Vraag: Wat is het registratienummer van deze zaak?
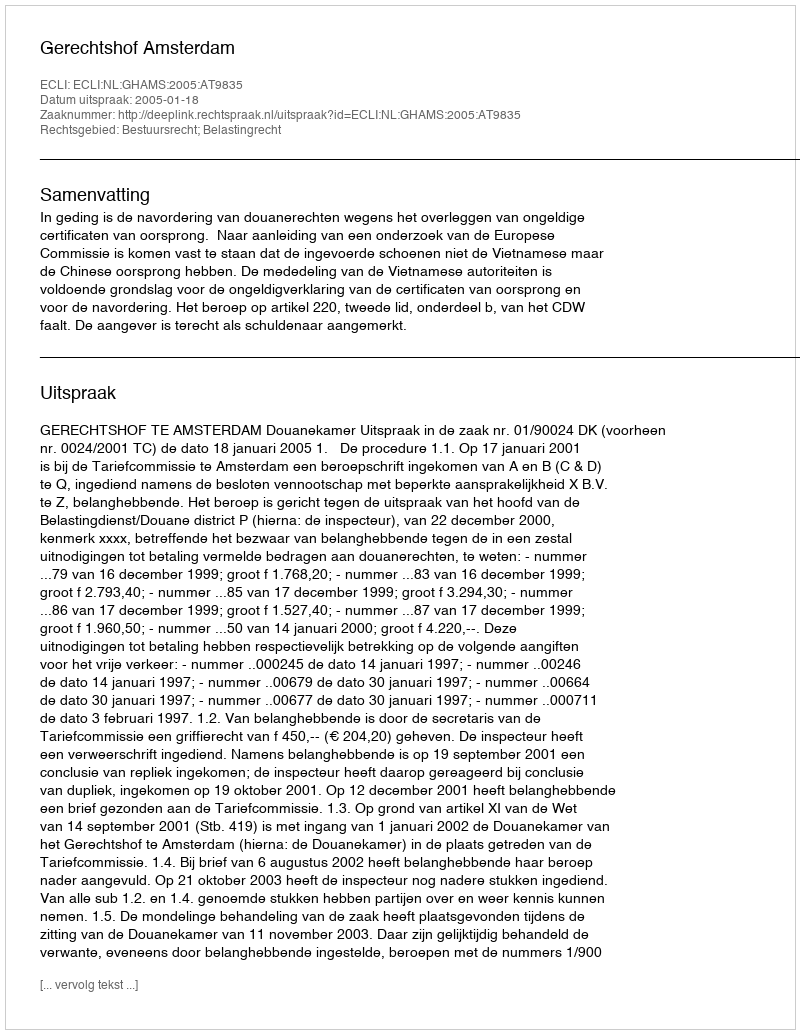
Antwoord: http://deeplink.rechtspraak.nl/uitspraak?id=ECLI:NL:GHAMS:2005:AT9835